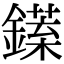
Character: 𨬘